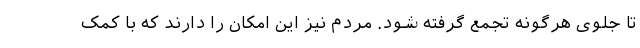
تا جلوی هرگونه تجمع گرفته شود. مردم نیز این امکان را دارند که با کمک